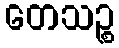
တေသဉ္စ